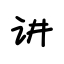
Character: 讲